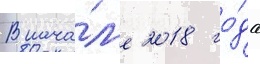
В нача́л'е 2018 го́да